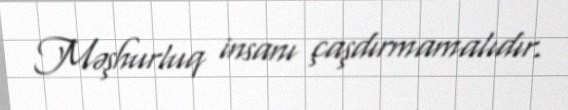
Məşhurluq insanı çaşdırmamalıdır.